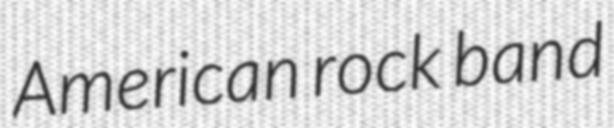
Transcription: American rock band